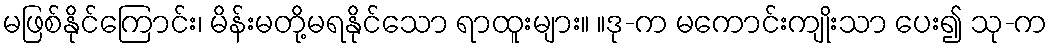
မဖြစ်နိုင်ကြောင်း၊ မိန်းမတို့မရနိုင်သော ရာထူးများ။ ။ဒု-က မကောင်းကျိုးသာ ပေး၍ သု-က